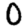
Digit: 0